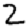
Digit: 2